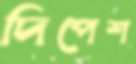
দিপেশ